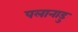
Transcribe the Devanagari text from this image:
पलानाडु